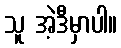
သူ အဲ့ဒီမှာပါ။